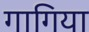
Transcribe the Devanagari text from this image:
गागिया